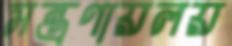
মন্ত্রণায়লয়